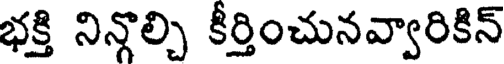
భక్తి నిన్గొల్చి కీర్తించునవ్వారికిన్